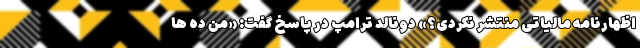
اظهارنامه مالیاتی منتشر نکردی؟» دونالد ترامپ در پاسخ گفت: «من ده ها